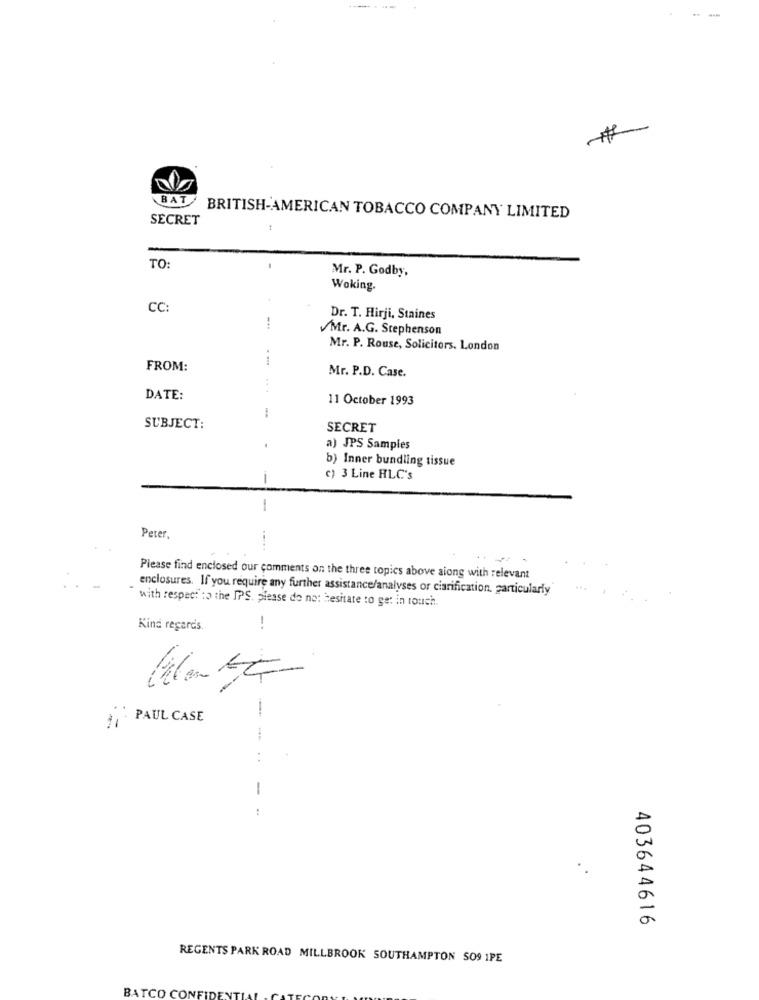
BAT
SECRET
BRITISH-AMERICAN TOBACCO COMPANY LIMITED
TO:
Mr. P. Godby,
Woking.
CC:
Dr. T. Hirji, Staines
-..
Mr. A.G. Stephenson
Mr. P. Rouse, Solicitors. London
FROM:
Mr. P.D. Case.
DATE:
11 October 1993
SUBJECT:
SECRET
a) JPS Samples
b) Inner bundling tissue
-
c) 3 Line HLC's
-
Peter
....
Please find enclosed our comments on the three topics above along with relevant
enclosures. If you require any further assistance/analyses or ciarification, particularly
with respect to the IPS. please do not Hesitate to get in touch.
Kind regards.
PAUL CASE
. .
-
403644616
REGENTS PARK ROAD MILLBROOK SOUTHAMPTON SO9 1PE
BATCO